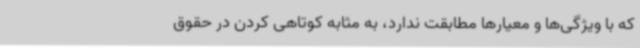
که با ویژگی‌ها و معیارها مطابقت ندارد، به مثابه کوتاهی کردن در حقوق